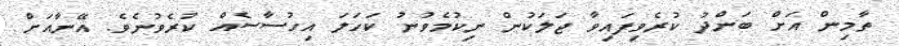
ތާމިން އަށް ބަންދު ކުރެވިފައިވާ ޖަލަކުން ނިކުމެވުނު ކަހަލަ އިހުސާސެއް ކުރެވުނެވެ. އޭނާއަށް